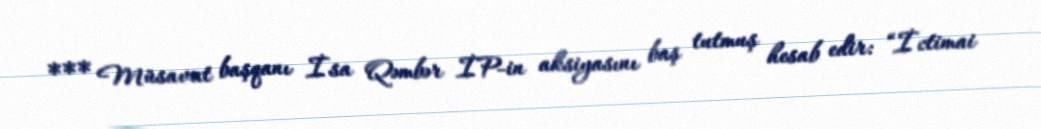
*** Müsavat başqanı İsa Qəmbər İP-in aksiyasını baş tutmuş hesab edir: “İctimai